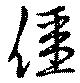
價